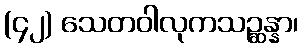
(၄၂) သေတဝါလုကသဉ္ဆန္နာ၊